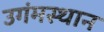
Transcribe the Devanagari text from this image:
उगंमस्थान